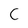
Character: C